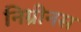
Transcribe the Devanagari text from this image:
निग्रीनस